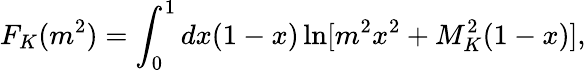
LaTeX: F_{K}(m^{2})=\int_{0}^{1}dx(1-x)\ln[m^{2}x^{2}+M_{K}^{2}(1-x)],